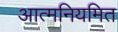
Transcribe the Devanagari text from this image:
आत्मनियमित